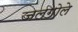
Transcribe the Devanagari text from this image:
जलगोले